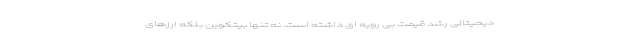
دیجیتالی رشد قیمت بی رویه ای داشته است. نه تنها بیتکوین بلکه ارزهای